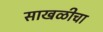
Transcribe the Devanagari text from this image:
साखळीचा